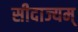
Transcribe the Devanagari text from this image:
सीदाज्यम्